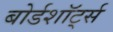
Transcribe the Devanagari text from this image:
बोर्डशॉर्ट्स